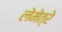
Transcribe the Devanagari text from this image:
लेमेत्रे